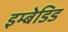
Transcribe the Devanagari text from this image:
इम्बेडिड